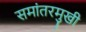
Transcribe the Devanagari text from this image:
समांतरमुखी